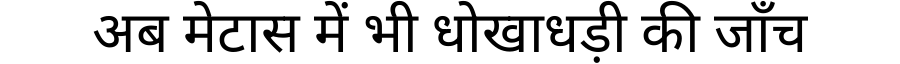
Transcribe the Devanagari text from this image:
अब मेटास में भी धोखाधड़ी की जाँच